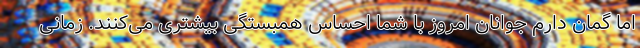
اما گمان دارم جوانان امروز با شما احساس همبستگی بیشتری می‌کنند. زمانی